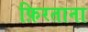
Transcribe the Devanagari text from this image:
फ़िरताना